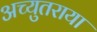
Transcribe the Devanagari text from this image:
अच्युतराया